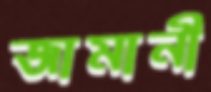
জামানী